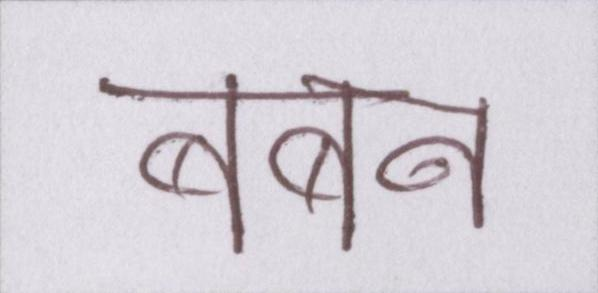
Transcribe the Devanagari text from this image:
बबन